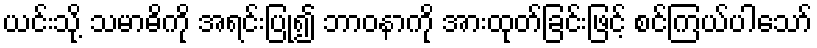
ယင်းသို့ သမာဓိကို အရင်းပြု၍ ဘာဝနာကို အားထုတ်ခြင်းဖြင့် စင်ကြယ်ပါသော်